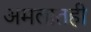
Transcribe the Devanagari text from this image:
अमलातही